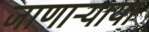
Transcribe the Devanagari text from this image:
जाणाऱ्याया